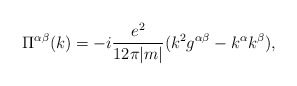
\begin{align*}\Pi^{\alpha\beta}(k)= - i\frac {e^2}{12 \pi |m|}(k^2 g^{\alpha\beta}- k^\alpha k^\beta),\end{align*}